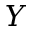
Y